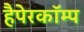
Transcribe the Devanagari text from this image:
हैपेरकॉम्प